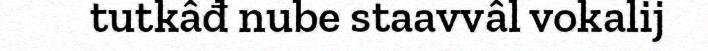
tutkâđ nube staavvâl vokalij